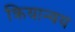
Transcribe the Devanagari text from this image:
क्रियान्वय